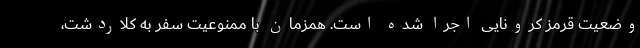
وضعیت قرمز کرونایی اجرا شده است. همزمان با ممنوعیت سفر به کلاردشت،